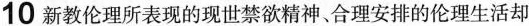
10 新教伦理所表现的现世禁欲精神。合理安排的伦理生活却